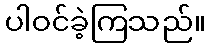
ပါဝင်ခဲ့ကြသည်။